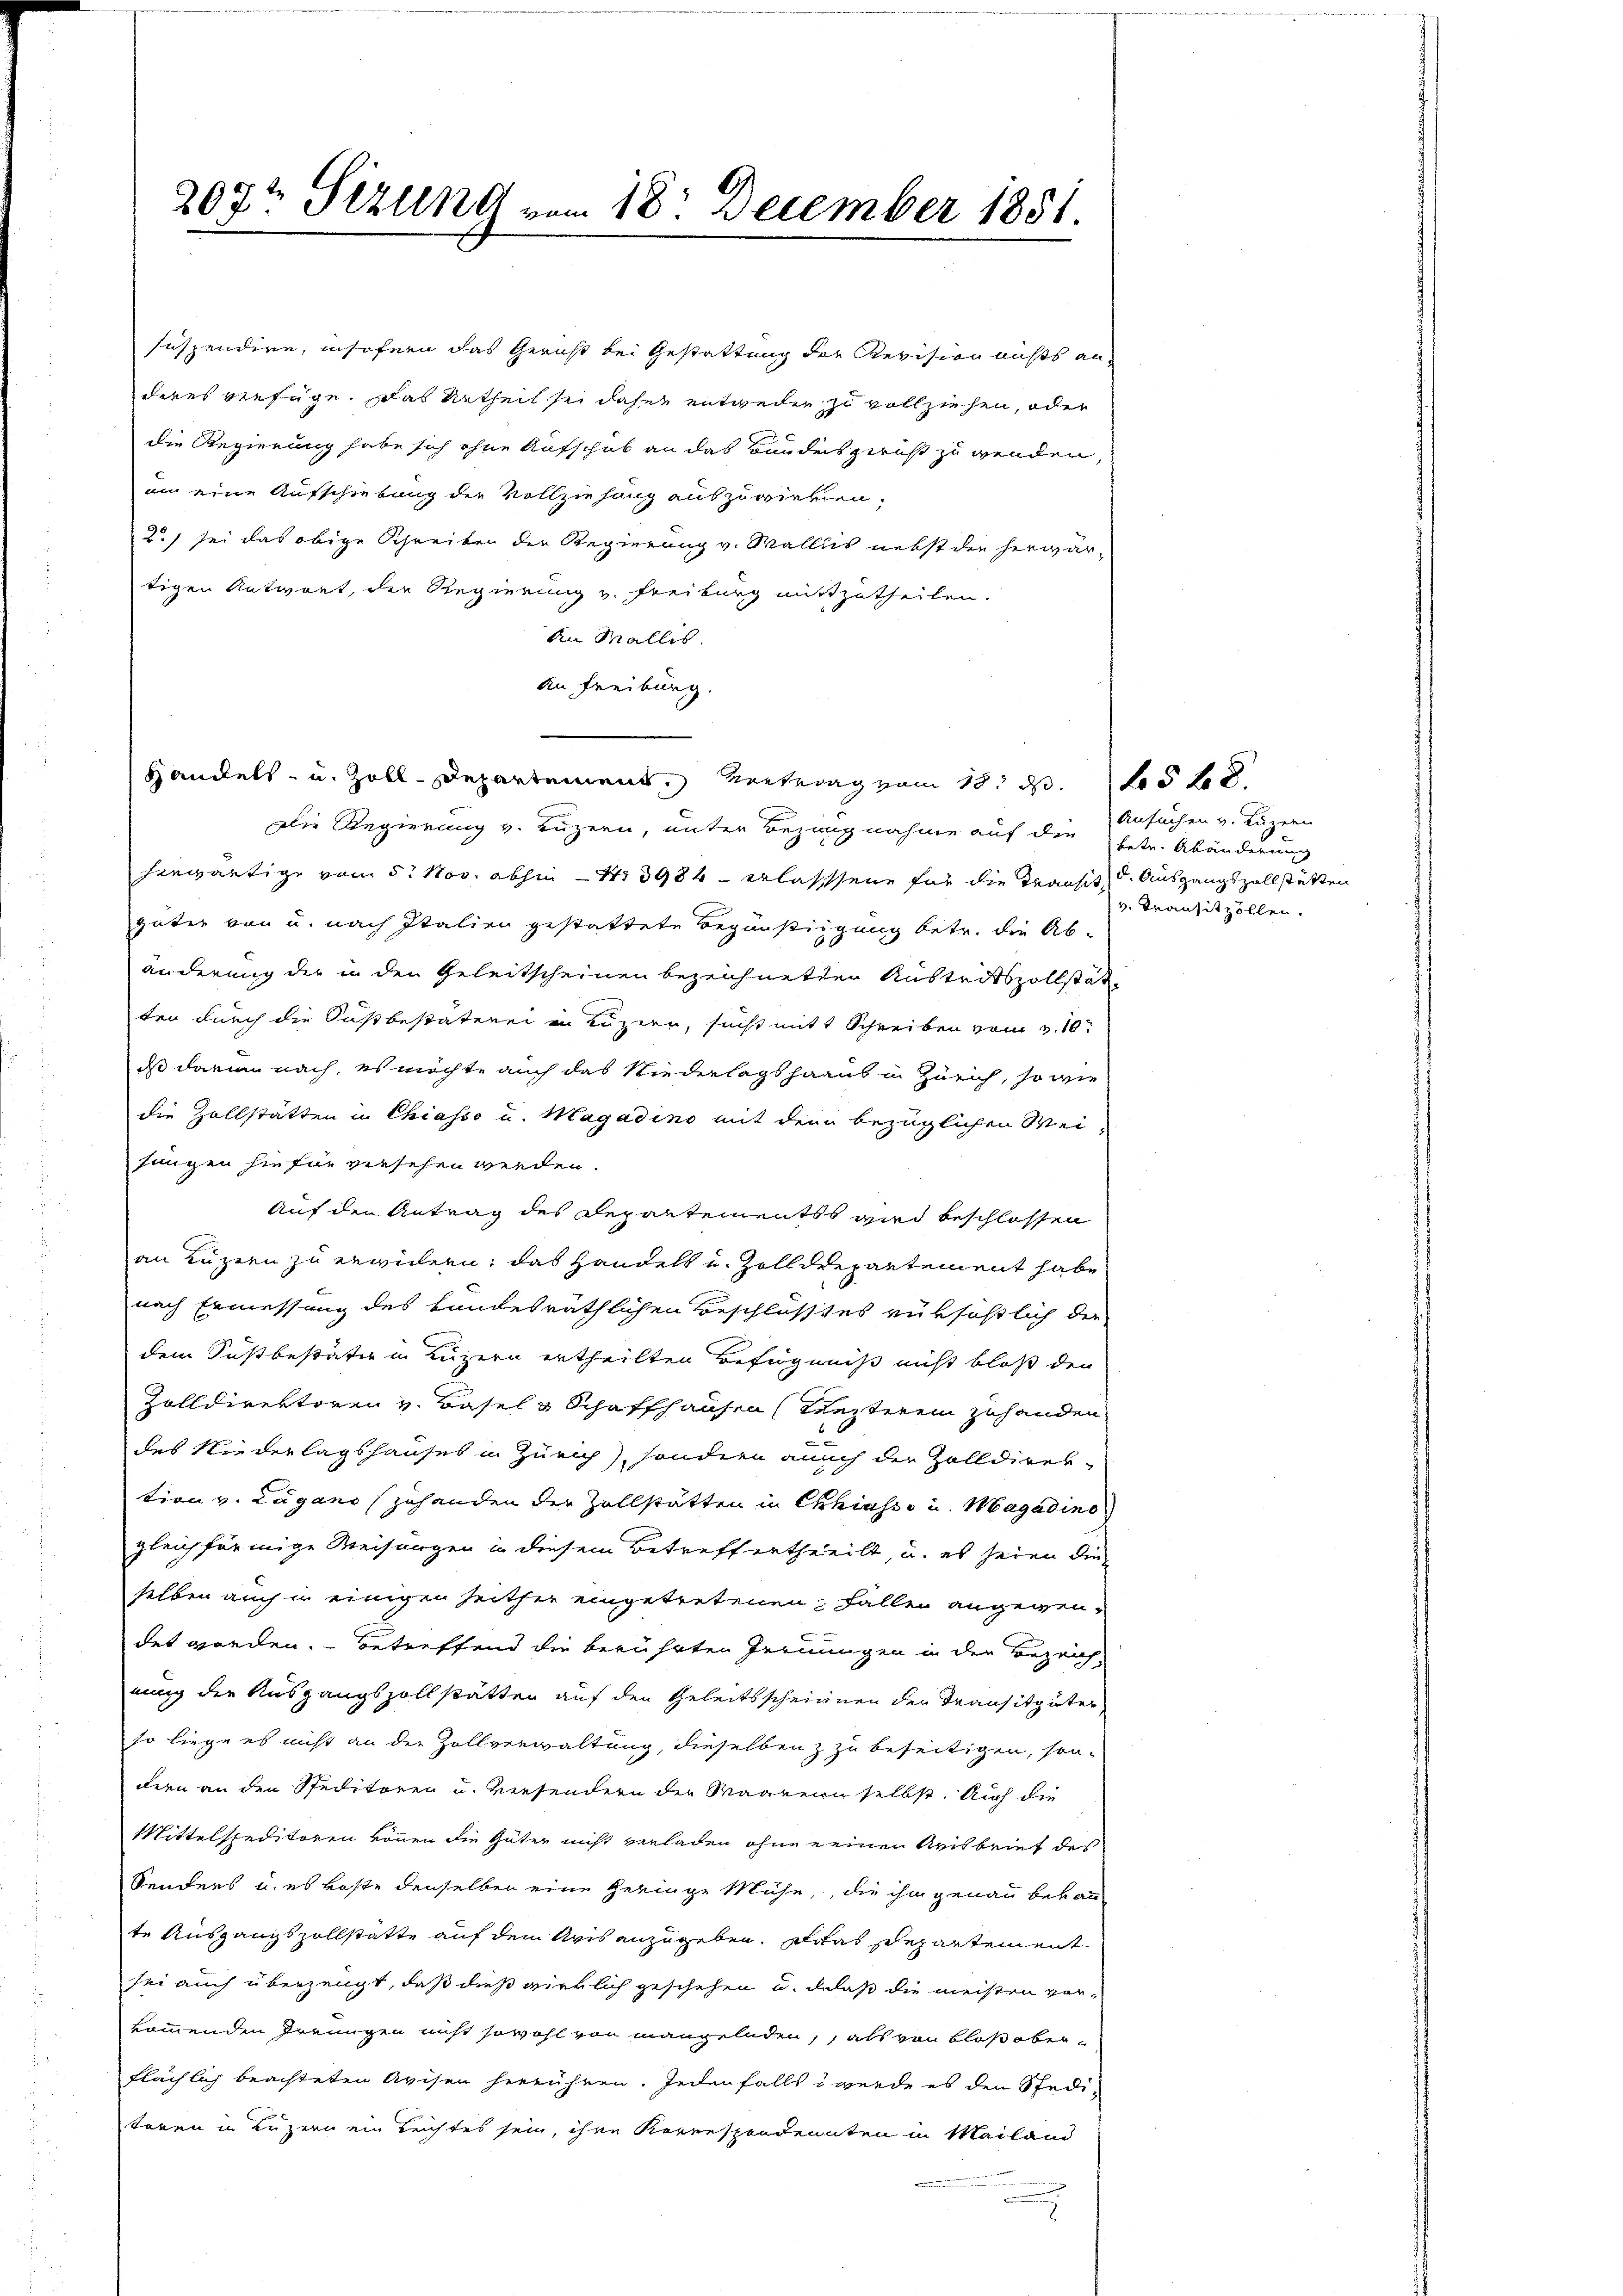
207t Sizung vom 18. December 1851.

suspendire, insofenen das Gericht bei Gestattung der Revision nichts anderes verfüge. Das Urtheil sei daher entweden zu vollziehen, oder
die Regierung habe sich ohne Aufschub an das Bundes zwis zu wenden,
an eine Aufschiebung die Vollziehung auszuwieben.
2) sei das obige Schreiben der Regierung v. Walliis nebst der herwärtigen Antwort, der Regierung v. Freiburg mitzutheilen.
An Wallis.
An Freiburg.
Handels- u. Zoll-Departement, Vertrag vom 18. d. 5 t
Die Regierung v. Luzern, unter Bezugnahme auf die betr. Abänderung
hiewärtige vom 5. Nov. abhin 1713984 erlassene für die Transit den Ausgangszollstätten
güter von u. nach Italien gestattete Begünstigung betr. die Abänderung der in den Geleitscheinen bezeichneten Austreitszollstätten durch die Sustbestäterei in Luzern, sucht mit 1 Schreiben vom 3. 10.
dß darin nach, es möchte auch das Niederlagshaaus in Zürich, so wie
die Zollstätten in Chiasso u. Magadino mit den bezüglichen Weifungen hiefür versehen werden.
Auf den Antrag des Departementes wird beschlossen
an Luzern zu erwidern, das Handelt u. Zolldepartement habe
nach Ermessung des Landesräthlichen Beschlusses rüksöstlich der
dem Sustbestäte in Luzern ertheilten Befugniß nicht bloß den
Zolldirektoren v. Basel u Schaffhausen (Rezteren zuhanden
des Niederlagshauses in Zürich), sondern auch der Zolldirektion v. Lugano (zuhanden der Zollstätten in Chiasso u. Magadino
gleichförmige Weisungen in diesem Betreff ertheilt, u. es seien die
selben auch in einigen Zeither eingetretenen Fallen angegendet worden. Betreffend die berührten Fernungen in der Bezeichnung der Ausgangszollstätten auf den Geleitsscheinnen der Transitgüter
so liege es nicht an der Zollverwaltung, dieselben z zu beseitigen, sondern an den Speditoren u. versendern der Waarenn selbst. Auch die
Mittelspeditoren können die Güter nicht verladen ohne einen Krisbrief des
Senders u. es koste denselben eine Geringe Mühe, die ihm genau bekan
te Ausgangszollstatte auf dem Aris anzugeben, das Departement
sei auch überzeugt, daß dieß wirklich geschehen u. daß die meisten vorkommenden Freungen nicht sowohl von mangelnden, als von Bloß oberflächlich beachteten Avisen herrühren. Jedenfalls werde es den Spedi-
toren in Luzern ein Reichtes sein, ihre Korrespondenten in Mailand

Ansuchen v. Luzern
v. Transitzöllen.